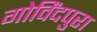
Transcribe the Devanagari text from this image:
गोविंदपुरा